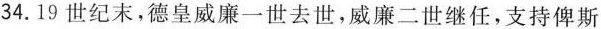
34. 19世纪末，德皇威廉一世去世，威廉二世继任，支持俾斯